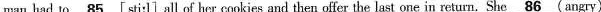
man had to \underline{85}[sti:l] all of her cookies and then offer the last one in return. She \underline{86} angry